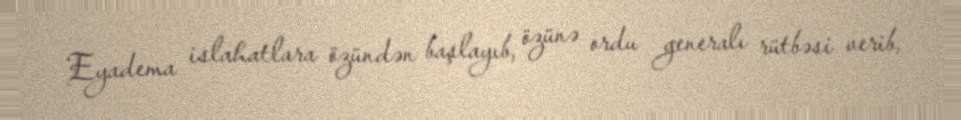
Eyadema islahatlara özündən başlayıb, özünə ordu generalı rütbəsi verib,